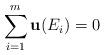
LaTeX: \begin{align*}\sum_{i=1}^m \mathbf{u}(E_i)=0\end{align*}